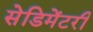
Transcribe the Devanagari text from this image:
सेडिमेंटरी